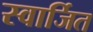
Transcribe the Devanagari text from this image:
स्वार्जित